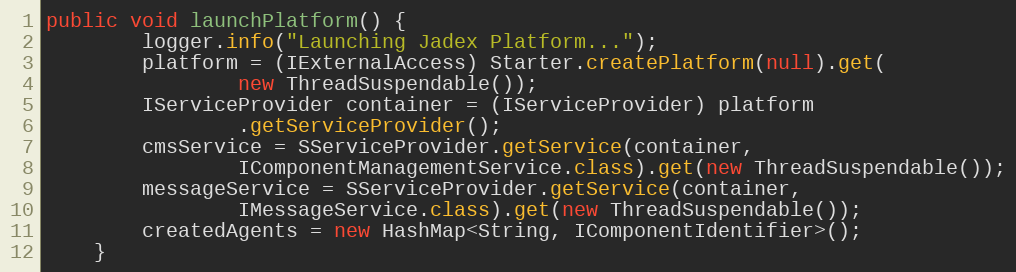
Language: Java
public void launchPlatform() {
        logger.info("Launching Jadex Platform...");
        platform = (IExternalAccess) Starter.createPlatform(null).get(
                new ThreadSuspendable());
        IServiceProvider container = (IServiceProvider) platform
                .getServiceProvider();
        cmsService = SServiceProvider.getService(container,
                IComponentManagementService.class).get(new ThreadSuspendable());
        messageService = SServiceProvider.getService(container,
                IMessageService.class).get(new ThreadSuspendable());
        createdAgents = new HashMap<String, IComponentIdentifier>();
    }